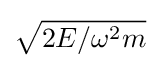
{\sqrt {2E/\omega ^{2}m}}